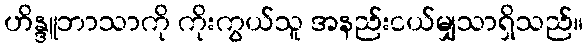
ဟိန္ဒူဘာသာကို ကိုးကွယ်သူ အနည်းငယ်မျှသာရှိသည်။